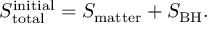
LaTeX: S _ { \mathrm { t o t a l } } ^ { \mathrm { i n i t i a l } } = S _ { \mathrm { m a t t e r } } + S _ { \mathrm { B H } } .